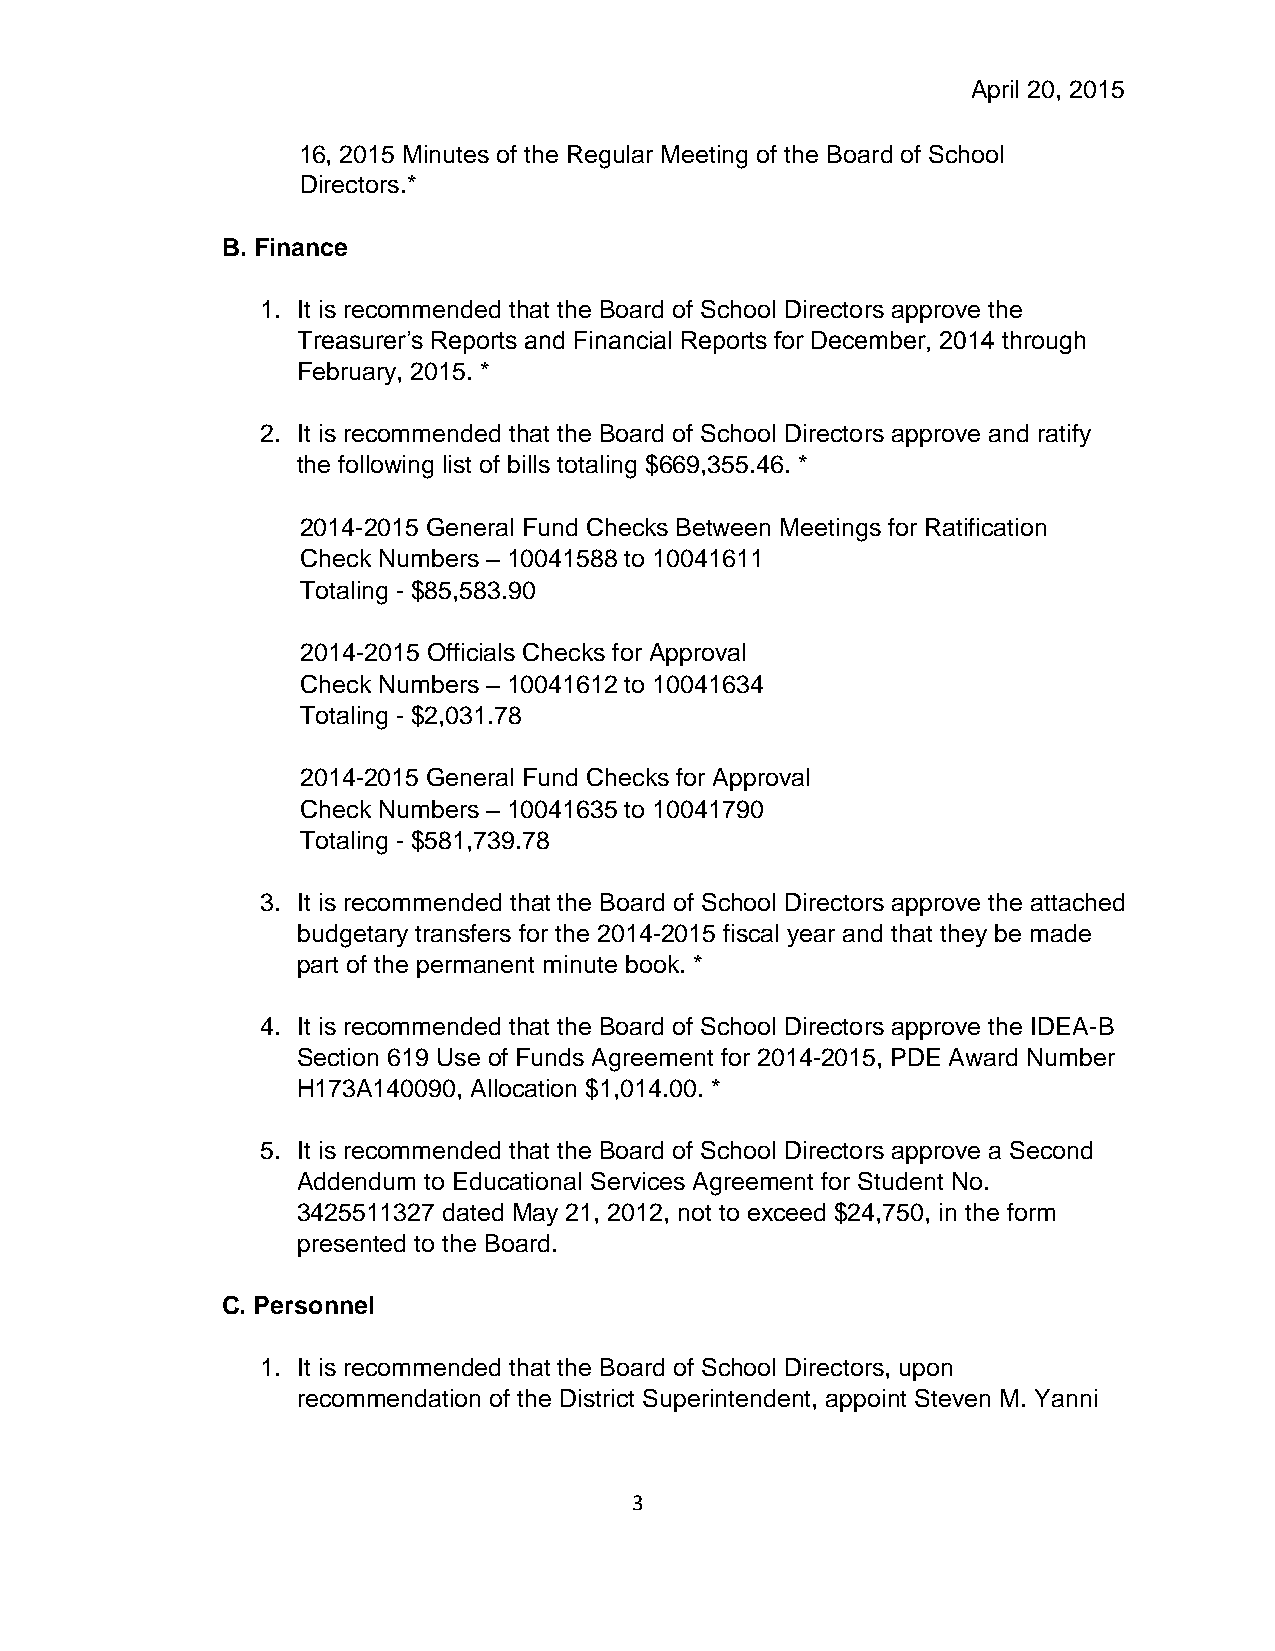
April 20, 2015
 16, 2015 Minutes of the Regular Meeting of the Board of School
 Directors.*
 B. Finance
 1. It is recommended that the Board of School Directors approve the
 Treasurer’s Reports and Financial Reports for December, 2014 through
 February, 2015. *
 2. It is recommended that the Board of School Directors approve and ratify
 the following list of bills totaling $669,355.46. *
 2014-2015 General Fund Checks Between Meetings for Ratification
 Check Numbers – 10041588 to 10041611
 Totaling - $85,583.90
 2014-2015 Officials Checks for Approval
 Check Numbers – 10041612 to 10041634
 Totaling - $2,031.78
 2014-2015 General Fund Checks for Approval
 Check Numbers – 10041635 to 10041790
 Totaling - $581,739.78
 3. It is recommended that the Board of School Directors approve the attached
 budgetary transfers for the 2014-2015 fiscal year and that they be made
 part of the permanent minute book. *
 4. It is recommended that the Board of School Directors approve the IDEA-B
 Section 619 Use of Funds Agreement for 2014-2015, PDE Award Number
 H173A140090, Allocation $1,014.00. *
 5. It is recommended that the Board of School Directors approve a Second
 Addendum to Educational Services Agreement for Student No.
 3425511327 dated May 21, 2012, not to exceed $24,750, in the form
 presented to the Board.
 C. Personnel
 1. It is recommended that the Board of School Directors, upon
 recommendation of the District Superintendent, appoint Steven M. Yanni
 3